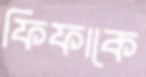
ফিফাকে